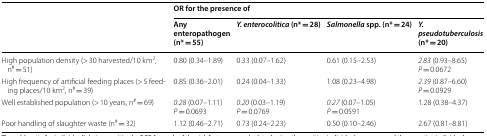
<table><thead><tr><td rowspan="2"></td><td colspan="4"><b>OR for the presence of</b></td></tr><tr><td><b>Any enteropathogen (n* = 55)</b></td><td><b><i>Y. enterocolitica</i> (n* = 28)</b></td><td><b><i>Salmonella</i> spp. (n* = 24)</b></td><td><b><i>Y. pseudotuberculosis</i> (n* = 20)</b></td></tr></thead><tbody><tr><td>High population density (&gt; 30 harvested/10 km<sup>2</sup>, n<sup>#</sup> = 51)</td><td>0.80 (0.34–1.89)</td><td>0.33 (0.07–1.62)</td><td>0.61 (0.15–2.53)</td><td><i>2.83</i> (0.93–8.65)<i>P </i>= 0.0672</td></tr><tr><td>High frequency of artificial feeding places (&gt; 5 feeding places/10 km<sup>2</sup>, n<sup>#</sup> = 39)</td><td>0.85 (0.36–2.01)</td><td>0.24 (0.04–1.33)</td><td>1.08 (0.23–4.98)</td><td><i>2.39</i> (0.87–6.60)<i>P </i>= 0.0929</td></tr><tr><td>Well established population (&gt; 10 years, n<sup>#</sup> = 69)</td><td><i>0.28</i> (0.07–1.11)<i>P</i> = 0.0693</td><td><i>0.20</i> (0.03–1.19)<i>P</i> = 0.0769</td><td><i>0.27</i> (0.07–1.05)<i>P </i>= 0.0591</td><td>1.28 (0.38–4.37)</td></tr><tr><td>Poor handling of slaughter waste (n<sup>#</sup> = 32)</td><td>1.12 (0.46–2.71)</td><td>0.73 (0.24–2.23)</td><td>0.50 (0.10–2.46)</td><td>2.67 (0.81–8.81)</td></tr></tbody></table>